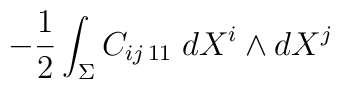
-\frac{1}{2} \int_{\Sigma} C_{ij\, 11}\;d X^i  \wedge d X^j \nonumber